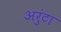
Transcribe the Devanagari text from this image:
अरुंटा